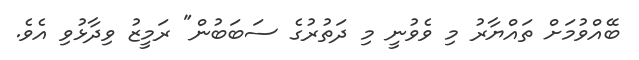
ބޭއްވުމަށް ތައްޔާރު މި ވެވުނީ މި ދަތުރުގެ ސަބަބުން" ރަމީޒު ވިދާޅުވި އެވެ.